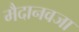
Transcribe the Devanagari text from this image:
मैदानवजा